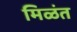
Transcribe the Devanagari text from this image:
मिळंत